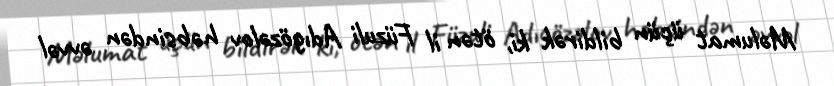
Məlumat üçün bildirək ki, ötən il Füzuli Adıgözəlov həbsindən əvvəl